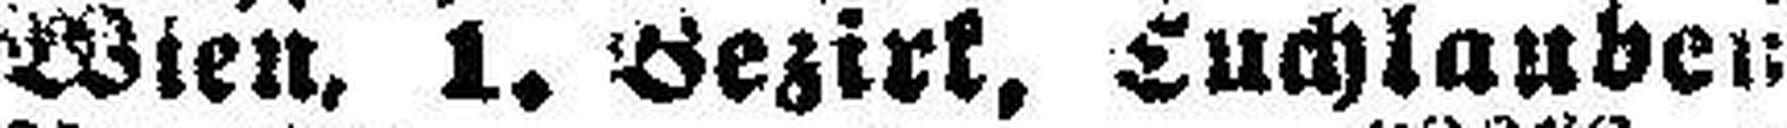
Wien, 1. Bezirk, Tuchlauben